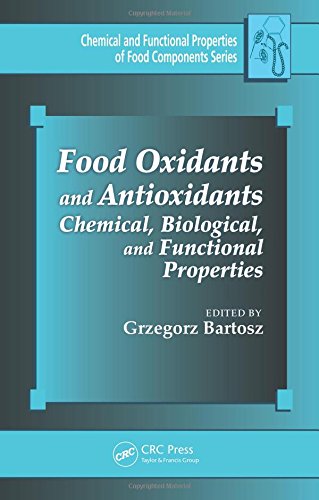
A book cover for Food Oxidants and Antioxidants: Chemical, Biological, and Functional Properties (Chemical & Functional Properties of Food Components); Health, Fitness & Dieting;